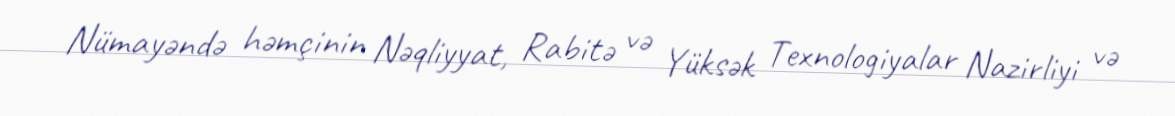
Nümayəndə həmçinin Nəqliyyat, Rabitə və Yüksək Texnologiyalar Nazirliyi və